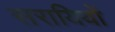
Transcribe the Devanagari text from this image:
सरायियों